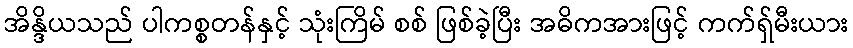
အိန္ဒိယသည် ပါကစ္စတန်နှင့် သုံးကြိမ် စစ် ဖြစ်ခဲ့ပြီး အဓိကအားဖြင့် ကက်ရှ်မီးယား